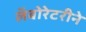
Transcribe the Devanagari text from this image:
लॅबोरेटरीने